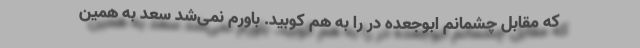
که مقابل چشمانم ابوجعده در را به هم کوبید. باورم نمی‌شد سعد به همین